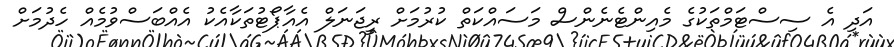
އަދި އެ ސިސްޓަމްތަކުގެ މެއިންޓެނެންސް މަސައްކަތް ކުރުމަށް ރީޖަނަލް އެއާޕޯޓުތަކާއެކު އެއްބަސްވުމެއް ހެދުމަށް